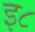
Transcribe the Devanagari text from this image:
इ८